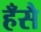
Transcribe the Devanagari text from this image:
हँसै